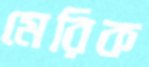
মেরিক